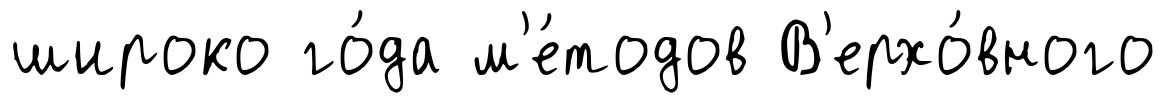
широко го́да м'е́тодов В'ерхо́вного